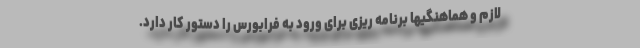
لازم و هماهنگیها برنامه ریزی برای ورود به فرابورس را دستور کار دارد.